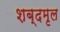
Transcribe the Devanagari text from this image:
शब्दमृल